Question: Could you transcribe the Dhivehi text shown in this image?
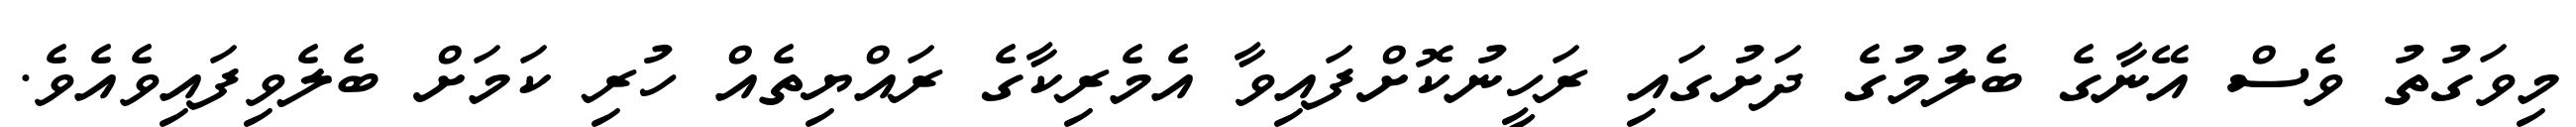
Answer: މިވަގުތު ވެސް އޭނާގެ ބެލުމުގެ ދަށުގައި ރަހީނުކޮށްފައިވާ އެމެރިކާގެ ރައްޔިތެއް ހުރި ކަމަށް ބެލެވިފައިވެއެވެ.